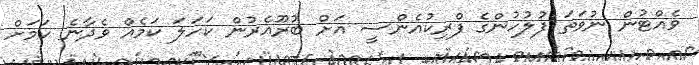
ވެއްޓުން ނުވަތަ ފުލުހުންގެ ފްރިކުއެންސީ އަށް ބުރޫއެރުން ކަހަލަ ކަމެއް ވެދާނެ ކަމަށް